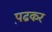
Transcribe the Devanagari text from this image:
प़ढकर